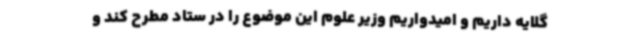
گلایه داریم و امیدواریم وزیر علوم این موضوع را در ستاد مطرح کند و